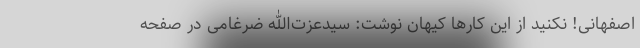
اصفهانی! نکنید از این کارها کیهان نوشت: سیدعزت‌الله ضرغامی در صفحه